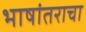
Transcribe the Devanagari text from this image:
भाषांतराचा